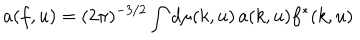
a ( f , u ) = ( 2 \pi ) ^ { - 3 / 2 } \int d \mu ( k , u ) \, a ( k , u ) f ^ { * } ( k , u )